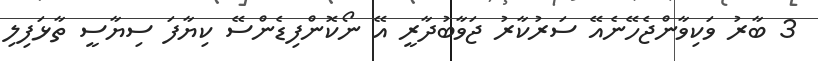
3 ބާރު ވަކިވާންޖެހޭނެއޭ ސަރުކާރު ޖަވާބުދާރީ އޭ ނޯކޮންފިޑެންސޭ ކިޔާފަ ސިޔާސީ ތާޅަފިލި